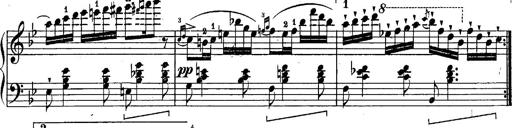
Title: Schubert's Impromptus [revised and edited by Franz Liszt]
Composer: Franz Liszt